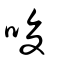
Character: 唆